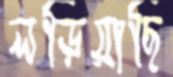
লড়িয়াছি